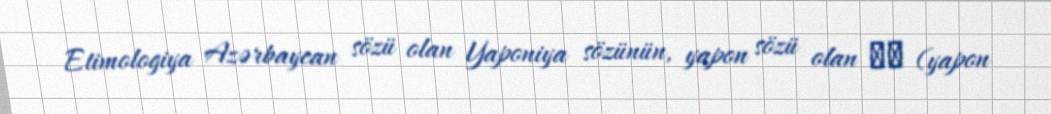
Etimologiya Azərbaycan sözü olan Yaponiya sözünün, yapon sözü olan 日本 (yapon